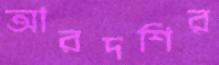
আরদশির